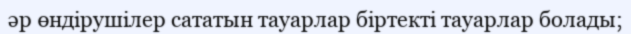
әр өндірушілер сататын тауарлар біртекті тауарлар болады;